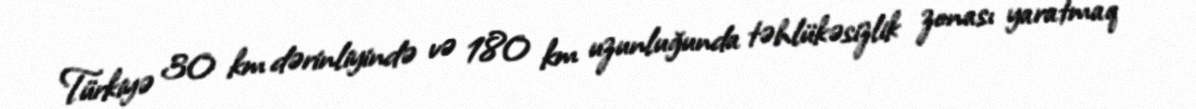
Türkiyə 30 km dərinliyində və 180 km uzunluğunda təhlükəsizlik zonası yaratmaq